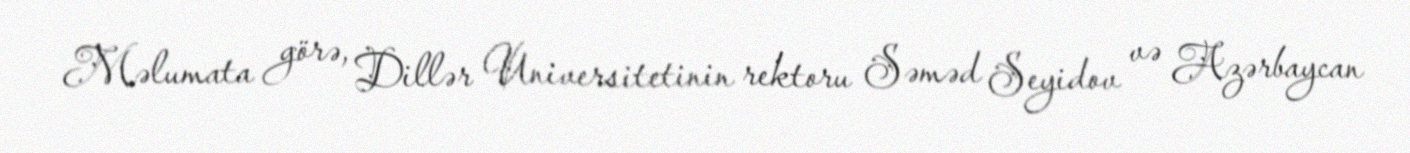
Məlumata görə, Dillər Universitetinin rektoru Səməd Seyidov və Azərbaycan